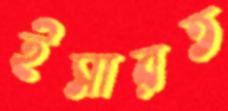
ইসারত